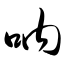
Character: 呐